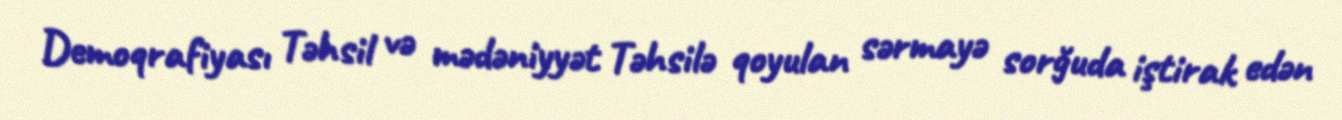
Demoqrafiyası Təhsil və mədəniyyət Təhsilə qoyulan sərmayə sorğuda iştirak edən